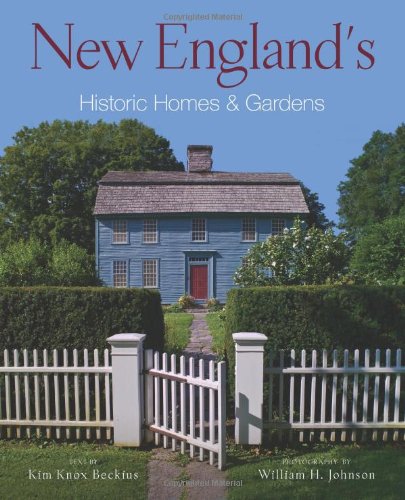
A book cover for New England's Historic Homes & Gardens; Kim Knox Beckius; Arts & Photography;